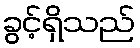
ခွင့်ရှိသည်